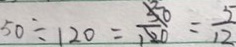
5 0 \div 1 2 0 = \frac { 5 0 } { 1 2 0 } = \frac { 5 } { 1 2 }